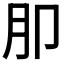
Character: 𭨤